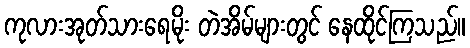
ကုလားအုတ်သားရေမိုး တဲအိမ်များတွင် နေထိုင်ကြသည်။